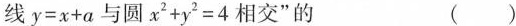
线$$y=x+a$$与圆$$x2+y2=4$$相交”的 ()